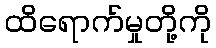
ထိရောက်မှုတို့ကို